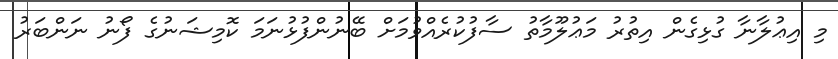
މި އިޢުލާނާ ގުޅިގެން އިތުރު މަޢުލޫމާތު ސާފުކުރެއްވުމަށް ބޭނުންފުޅުނަމަ ކޮމިޝަނުގެ ފޯނު ނަންބަރު